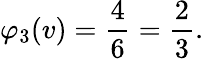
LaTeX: \varphi_{3}(v)={\frac{4}{6}}={\frac{2}{3}}.